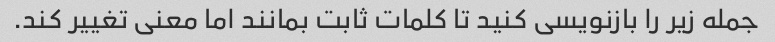
جمله زیر را بازنویسی کنید تا کلمات ثابت بمانند اما معنی تغییر کند.